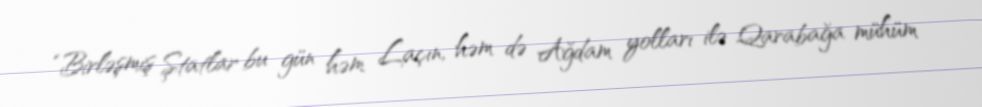
“Birləşmiş Ştatlar bu gün həm Laçın, həm də Ağdam yolları ilə Qarabağa mühüm